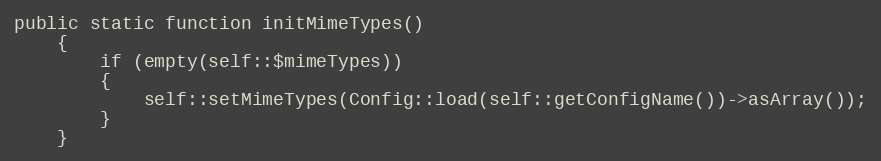
Language: PHP
public static function initMimeTypes()
    {
        if (empty(self::$mimeTypes))
        {
            self::setMimeTypes(Config::load(self::getConfigName())->asArray());
        }
    }